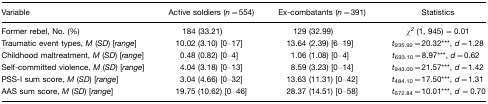
<table><thead><tr><td><b>Variable</b></td><td><b>Active soldiers (<i>n</i>=554)</b></td><td><b>Ex-combatants (<i>n</i>=391)</b></td><td><b>Statistics</b></td></tr></thead><tbody><tr><td>Former rebel, No. (%)</td><td>184 (33.21)</td><td>129 (32.99)</td><td><i>χ</i><sup><i>2</i></sup> (1, 945) = 0.01</td></tr><tr><td>Traumatic event types, <i>M</i> (<i>SD</i>) [<i>range</i>]</td><td>10.02 (3.10) [0–17]</td><td>13.64 (2.39) [6–19]</td><td><i>t</i><sub>935.92</sub>=20.32***, <i>d</i>=1.28</td></tr><tr><td>Childhood maltreatment, <i>M</i> (<i>SD</i>) [<i>range</i>]</td><td>0.48 (0.82) [0–4]</td><td>1.06 (1.08) [0–4]</td><td><i>t</i><sub>693.10</sub>=8.97***, <i>d</i>=0.62</td></tr><tr><td>Self-committed violence, <i>M</i> (<i>SD</i>) [<i>range</i>]</td><td>4.04 (3.18) [0–13]</td><td>8.59 (3.23) [0–14]</td><td><i>t</i><sub>943.00</sub>=21.57***, <i>d</i>=1.42</td></tr><tr><td>PSS-I sum score, <i>M</i> (<i>SD</i>) [<i>range</i>]</td><td>3.04 (4.66) [0–32]</td><td>13.63 (11.31) [0–42]</td><td><i>t</i><sub>484.10</sub>=17.50***, <i>d</i>=1.31</td></tr><tr><td>AAS sum score, <i>M</i> (<i>SD</i>) [<i>range</i>]</td><td>19.75 (10.62) [0–46]</td><td>28.37 (14.51) [0–58]</td><td><i>t</i><sub>672.84</sub>=10.01***, <i>d =</i>0.70</td></tr></tbody></table>